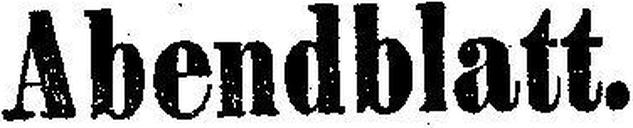
Abendblatt.